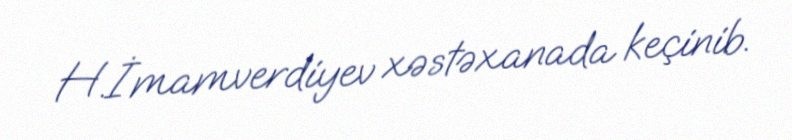
H.İmamverdiyev xəstəxanada keçinib.